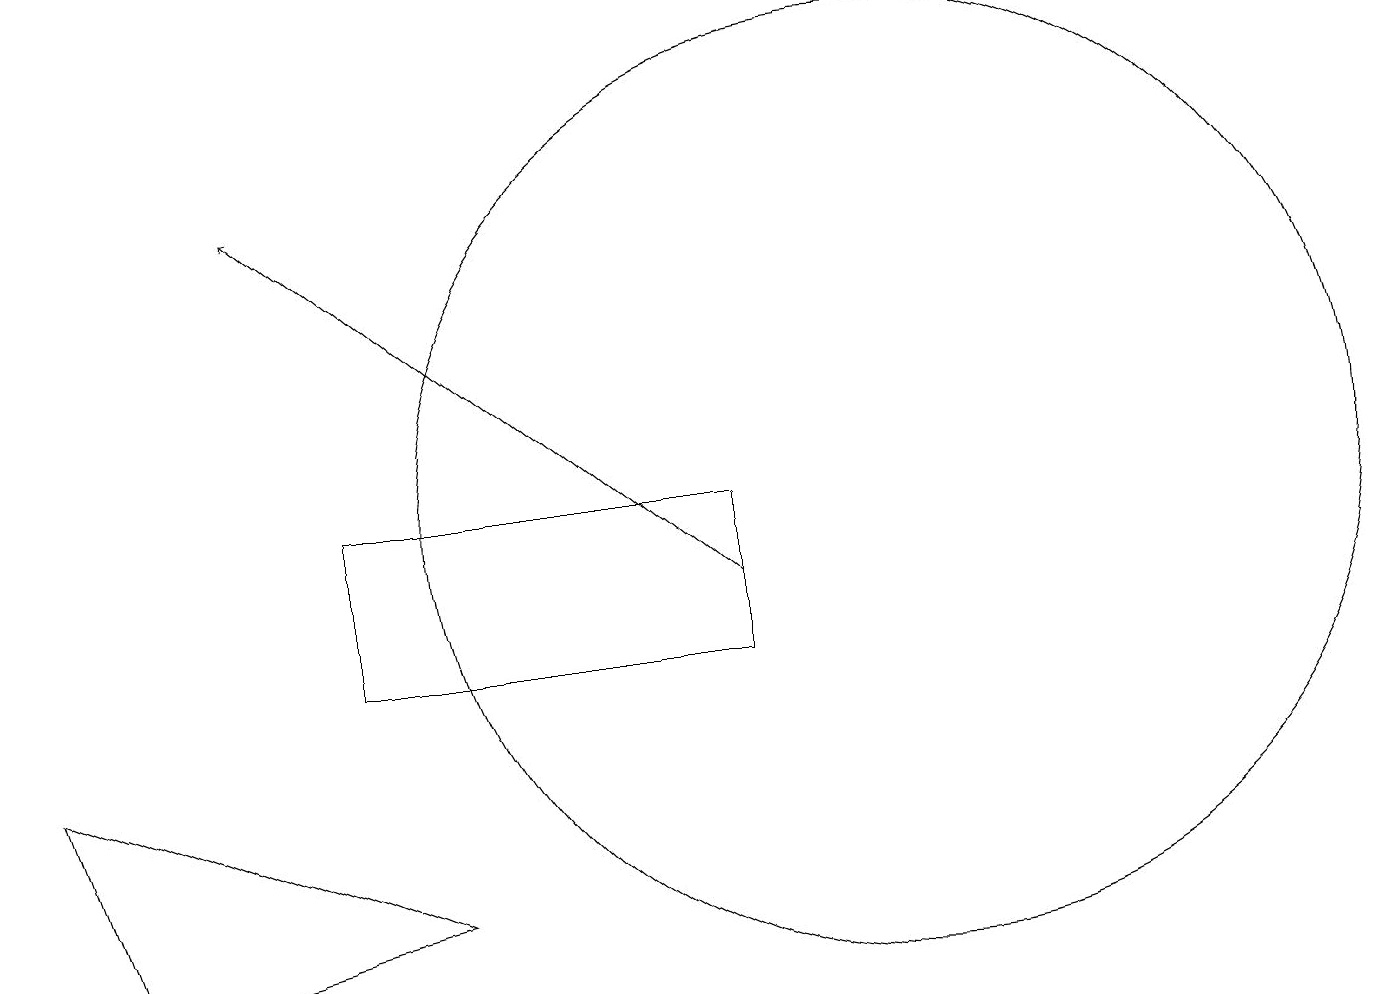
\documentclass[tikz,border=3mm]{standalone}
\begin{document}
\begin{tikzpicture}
\draw[->] (9,11) -- (3,16);
\draw (0,9) -- (5,7) -- (1,6) -- cycle;
\draw (4,10) rectangle (9,12);
\draw (11,12) circle (6);
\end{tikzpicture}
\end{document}